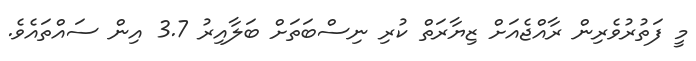
މީ ފަތުރުވެރިން ރާއްޖެއަށް ޒިޔާރަތް ކުރި ނިސްބަތަށް ބަލާއިރު 3.7 އިން ސައްތައެވެ.